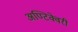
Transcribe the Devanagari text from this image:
अण्टिक्वेरी